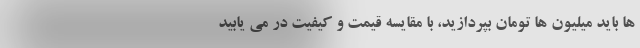
ها باید میلیون ها تومان بپردازید، با مقایسه قیمت و کیفیت در می یابید